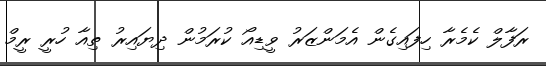
ރަފާލް ކެމެރާ ހިފައިގެން އެމަންޒަރު ވީޑިއޯ ކުރަމުން ދިޔައިރު ތިއާ ހުރީ ރީމް